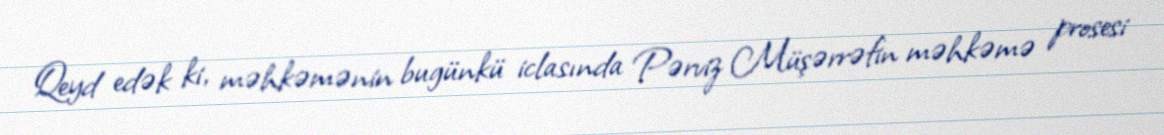
Qeyd edək ki, məhkəmənin bugünkü iclasında Pərviz Müşərrəfin məhkəmə prosesi